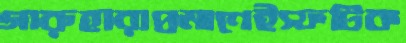
গারুহারাপ্রমাণেইস্ফটিক